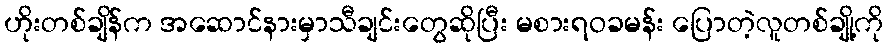
ဟိုးတစ်ချိန်က အဆောင်နားမှာသီချင်းတွေဆိုပြီး မစားရဝခမန်း ပြောတဲ့လူတစ်ချို့ကို